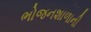
ભોજનશાળાની